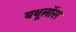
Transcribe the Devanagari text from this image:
बथूलॉस